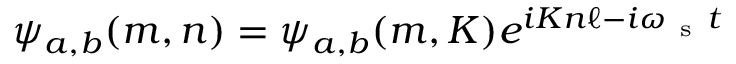
\psi _ { a , b } ( m , n ) = \psi _ { a , b } ( m , K ) e ^ { i K n \ell - i \omega _ { \mathrm { ~ s ~ } } t }